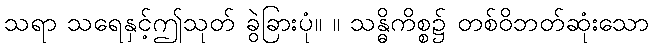
သရာ သရေနှင့်ဤသုတ် ခွဲခြားပုံ။ ။ သန္ဓိကိစ္စ၌ တစ်ဝိဘတ်ဆုံးသော